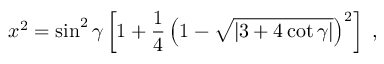
x ^ { 2 } = \sin ^ { 2 } \gamma \left[ 1 + \frac { 1 } { 4 } \left( 1 - \sqrt { \left| 3 + 4 \, \mathrm { c o t } \, \gamma \right| } \right) ^ { 2 } \right] \; ,